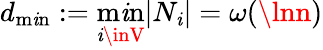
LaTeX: d_{\operatorname*{m\mathit{i}n}}:=\operatorname*{m\mathit{i}n}_{\mathit{i}\inV}|N_{\mathit{i}}|=\omega(\lnn)